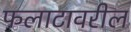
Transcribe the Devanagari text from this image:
फलाटावरील